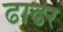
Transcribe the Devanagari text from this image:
ढाढर